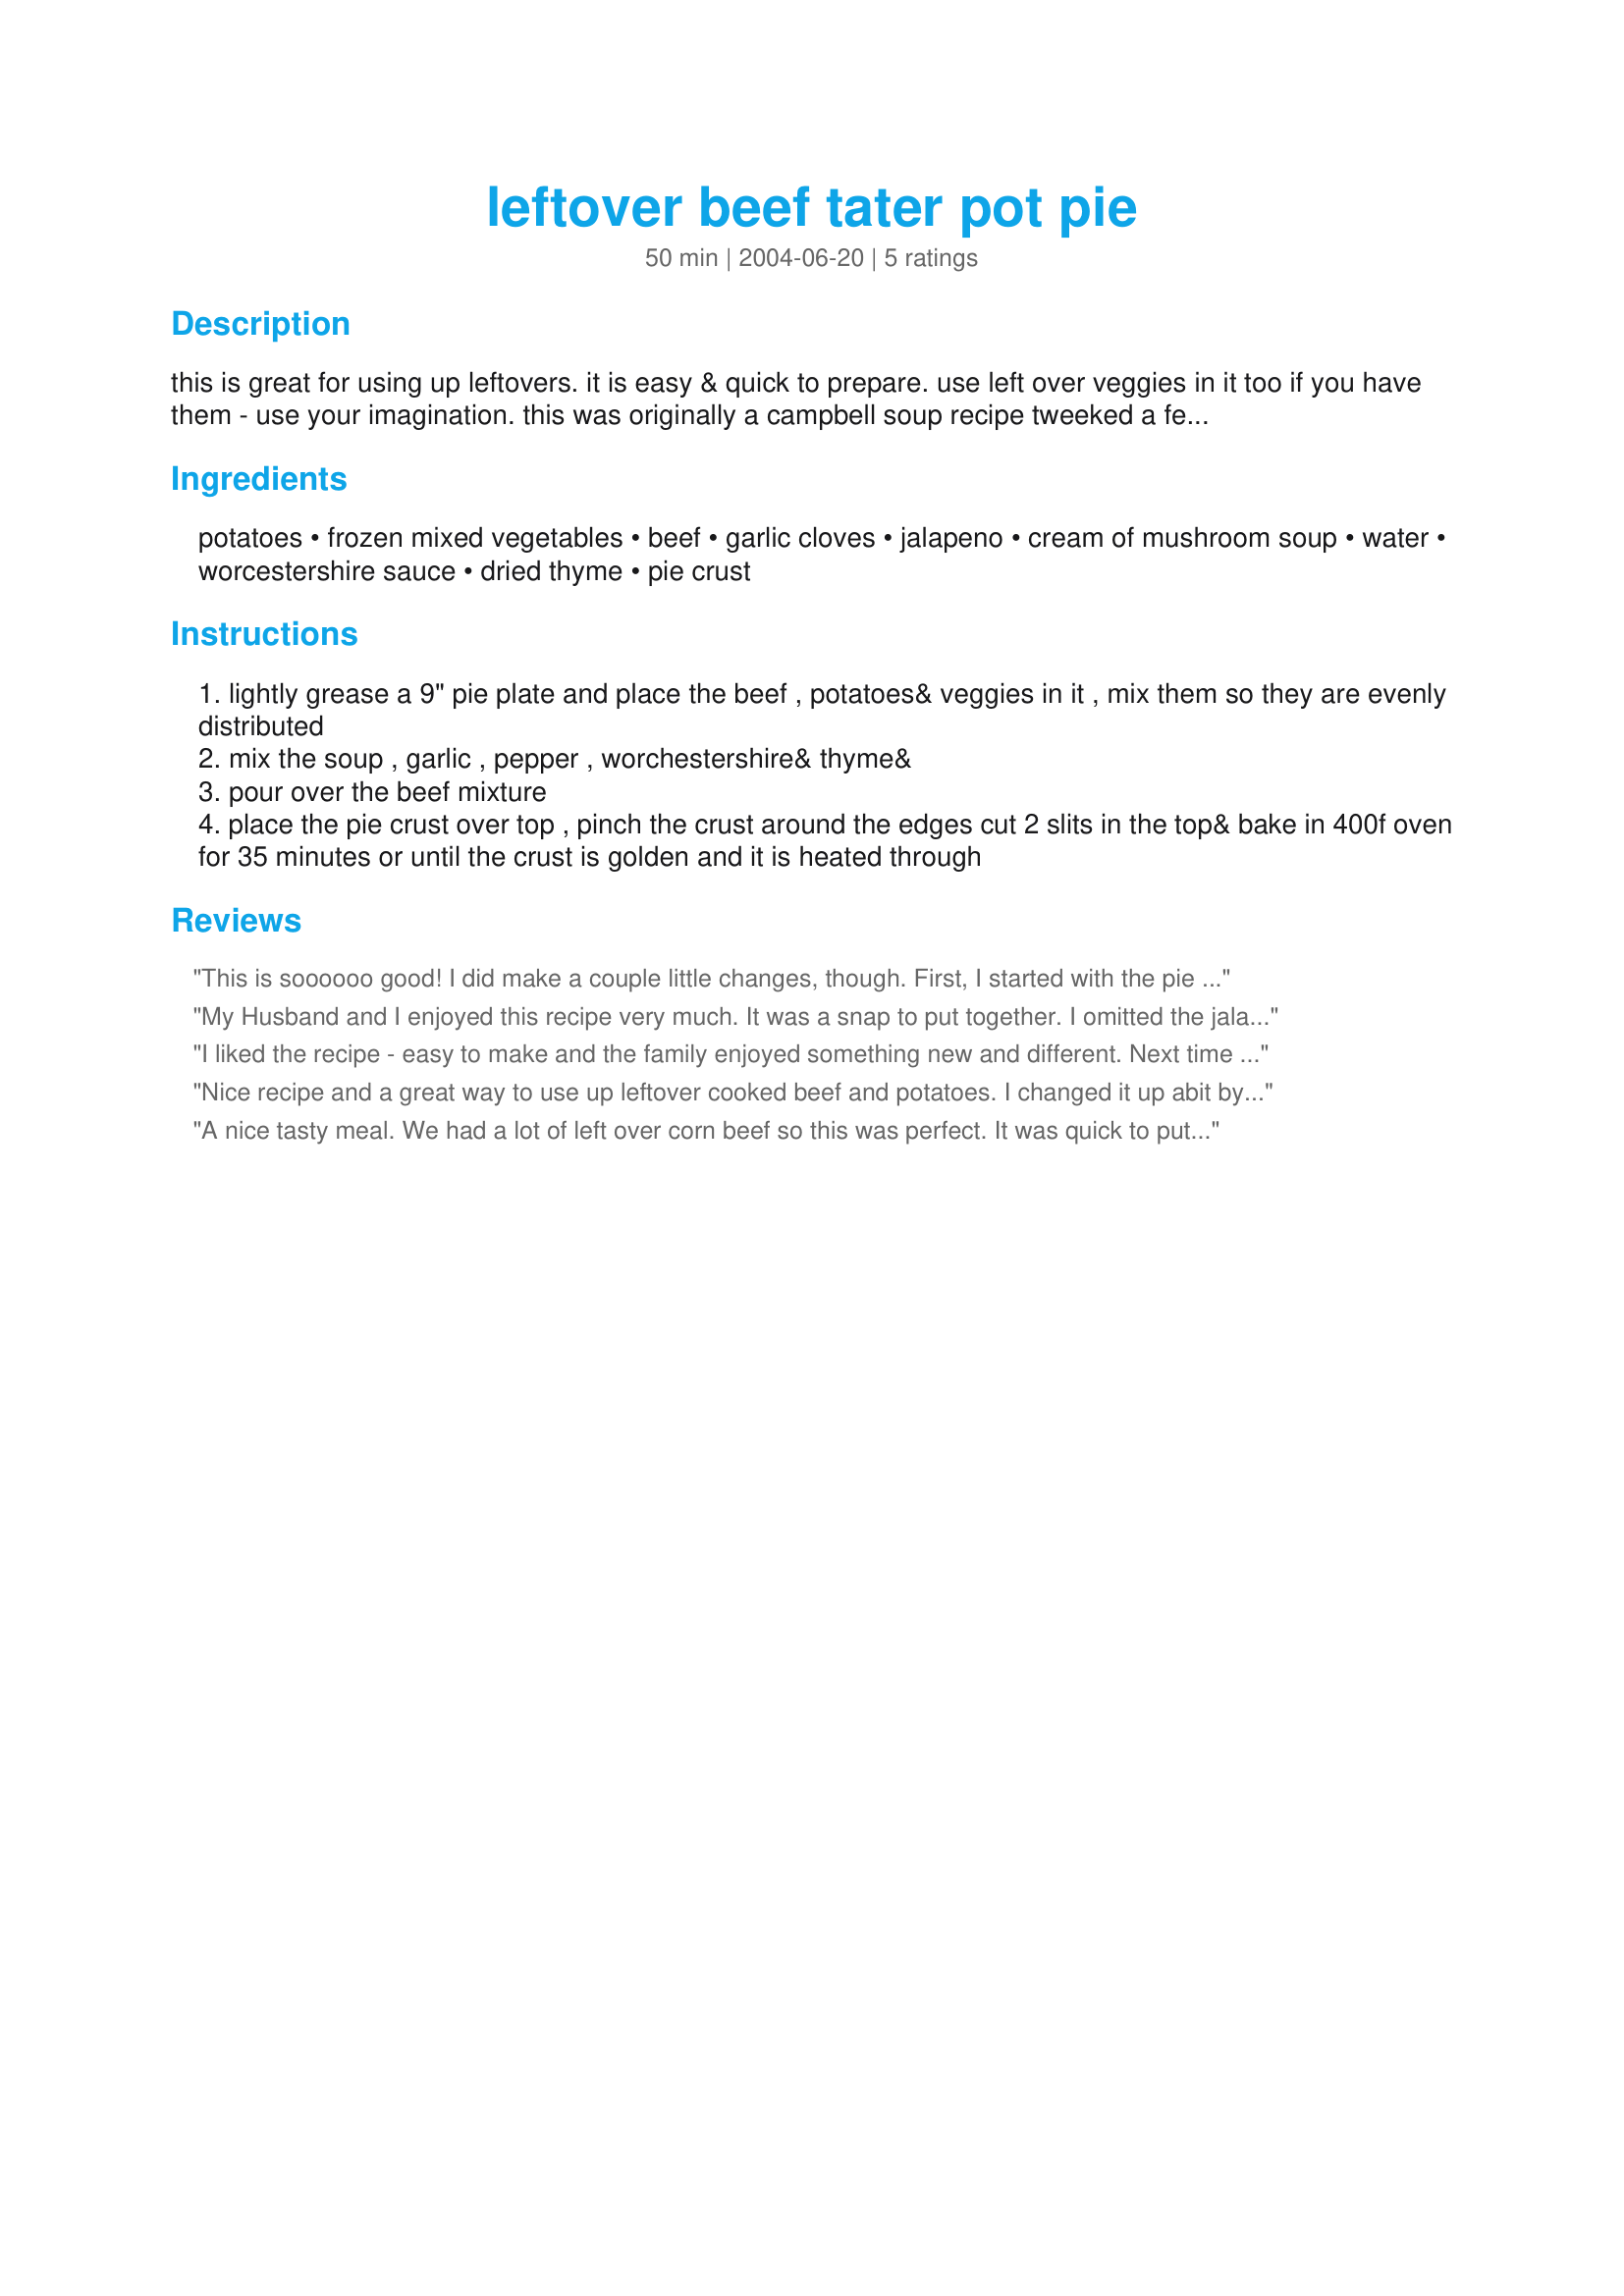
leftover beef tater pot pie
Preparation time: 50 minutes

this is great for using up leftovers. it is easy & quick to prepare. use left over veggies in it too if you have them - use your imagination. this was originally a campbell soup recipe tweeked a few times by me. just came across it in a drawer i haven't made it for a while. hope you enjoy it good served with a green salad

Ingredients:
potatoes, frozen mixed vegetables, beef, garlic cloves, jalapeno, cream of mushroom soup, water, worcestershire sauce, dried thyme, pie crust

Steps:
lightly grease a 9" pie plate and place the beef , potatoes& veggies in it , mix them so they are evenly distributed
mix the soup , garlic , pepper , worchestershire& thyme&
pour over the beef mixture
place the pie crust over top , pinch the crust around the edges cut 2 slits in the top& bake in 400f oven for 35 minutes or until the crust is golden and it is heated through

Reviews:
This is soooooo good! I did make a couple little changes, though. First, I started with the pie pan, but it just looked like too much "stuff", so I put it in a 12X9 pan. I'd rather clean a dish than an oven! I just trimmmed the crust and put the trimmings on the ends where there was none. Next time, I'll add just a smidge more water to make more gravy (part of which could have been the pan size change). This is really great, because I have a rolled sandwich recipe that uses half of the packaged pie crust, so this is a GREAT non-dessert thing to do with the other half. Thanks so much! Oooh! And I also used frozen O'Brien style hashbrowns instead of the cooked potatoes, and one drained can of mixed veggies. And doubled the jalapeno and garlic since we're such BIG fans of both.
My Husband and I enjoyed this recipe very much. It was a snap to put together. I omitted the jalapenos, thyme and worcestershire. I also used canned diced potatoes and mixed vegetables. And it was a beautifully browned pie and delicious ! Thank you for the recipe.
I liked the recipe - easy to make and the family enjoyed something new and different. Next time I make it, I will change it up a bit and make it with more of a "beef" sauce instead of the cream of mushroom/worcestershire sauce.
Nice recipe and a great way to use up leftover cooked beef and potatoes. I changed it up abit by adding some saut&eacute;ed onions and cooked up the garlic &amp; jalapeno some also. To cut the cooked time, I added the beef/vegys to the skillet to warm up prior to placing in the pie plate. Instead of putting the crust on the top I used it on the bottom. I agree that the mixture would have overflowed so I transferred to a deep dish pie plate. Also cooked the crust a couple minutes prior to adding mixture. I sub&#039;d 1/2 of the soup with beef gravy&amp; yogurt. Next time will increase it abit more. Cooked at 375 F for 30 mins. Tasty recipe, thanks for sharing.
A nice tasty meal. We had a lot of left over corn beef so this was perfect. It was quick to put togeather and the family enjoyed.
Thanks for sharing Bergy.
